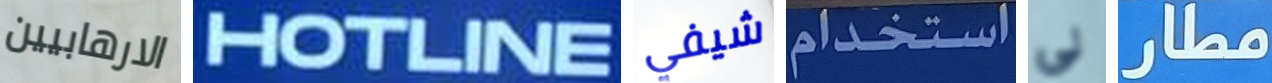
الارهابيين HOTLINE شيفي استخدام لي مطار